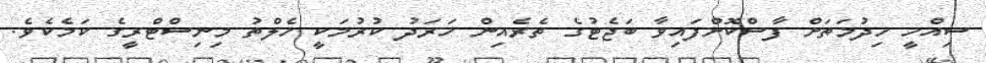
ސިއްހީ ހިދުމަތަށް ފާސްކޮށްފައިވާ ބަޖެޓުގެ ތެރެއިން ހަރަދު ކުރުމަކީ ހެލްތު މިނިސްޓްރީގެ ކަމެކެވެ.